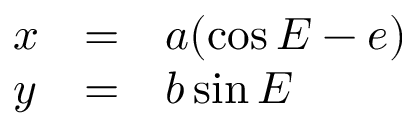
\begin{array} { l c l } { x } & { = } & { a ( \cos E - e ) } \\ { y } & { = } & { b \sin E } \end{array}